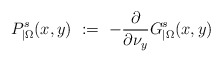
\begin{align*}P_{|\Omega}^s(x,y)\ :=\ -\frac{\partial}{\partial\nu_y} G^s_{|\Omega}(x,y)\end{align*}